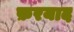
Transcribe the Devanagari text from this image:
फ़रयाद